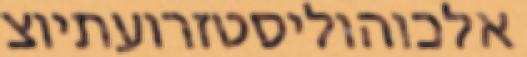
אלכוהוליסטזרועתיוצ